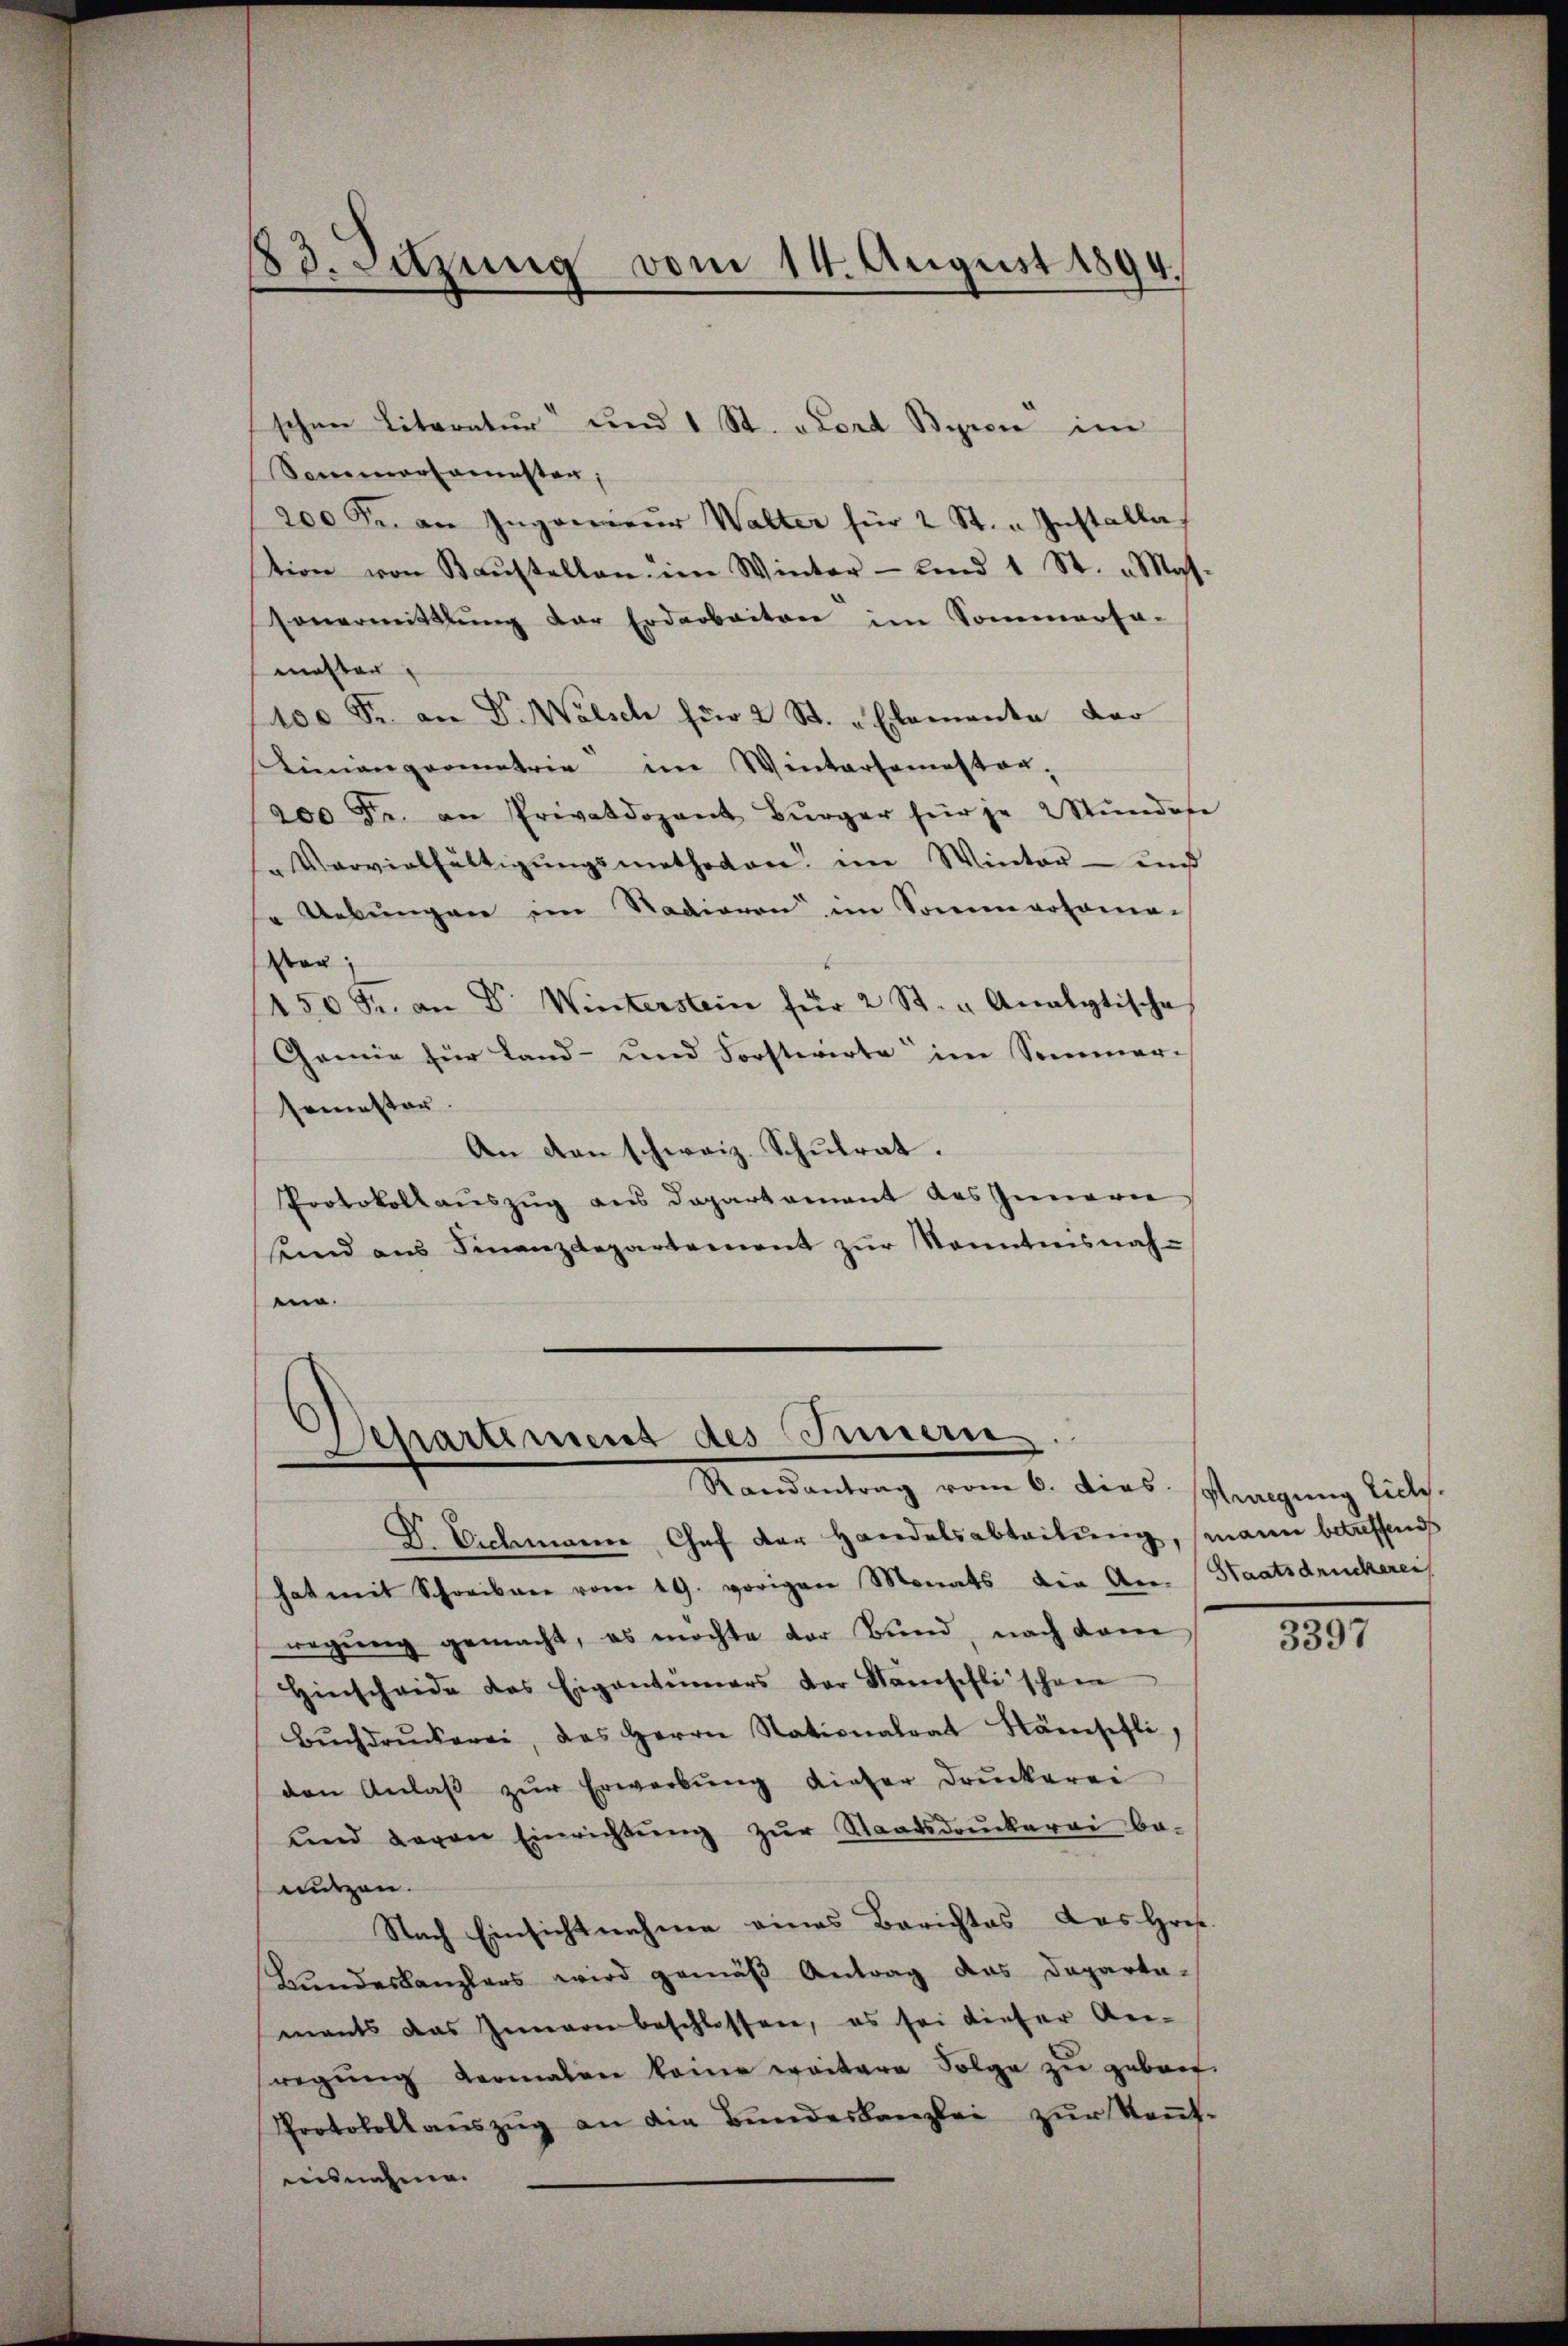
83. Sitzung vom 14. August 1894.
e

schen Literatur“ und 1 St. Lord Byrci im
Sommersamesten,
200 Fr. an Ingonneur Walter für 2 St. u Installas
tion von Kaŭstellen im Winter- und 1 St. „Mas.
Vovermittlung der Erdarbeiten im Sommerfa-
master,
100 Fr. an Dr. Wälsch für 2 St. u. Elemente der
Kienangeometrie im Wintersamstag,
200 Fr. an Privatdozent Bürger für je 2 Stŭndese
"Vervielfältigŭngsmethodon im Winter- und
" Uebungen im Stadieren im Sommvohama-
sen;
150 Fr. an Dr. Winterstein für 2 St. u. Analytische
Gemie für Land- und Forstwirte im Sommer-
semester.
An den schweiz. Schulrat.
Protokollauszug aus Departement des Innerer
sind aus Finanzdepartement zŭr Sonntnisnah-
ein.

D Eichmann Chef der Handelsabteilung, mann betreffend
hat mit Schreiber vom 19. vorigen Monats die An Staatsdruckerei
wegung gemacht, es möchte der Bund, nach dam
Hinscheide das Eigentümers der Stanschli schon
Bŭchdrŭckerei, das Herrn Nationalrat Käsehli,
den Anlaβ zŭr Erwerbung dieser Druckerei
ŭnd davon Einrichtŭng zŭr Staatsdrŭckerei be-
nutzen.
Nach Einsichtnahme eines Berichtes das Grese
Bundeskanzlers wird gemäß Antrag das Departamants das Zimern beschlossen, es sei dieser An-
regŭng dermalen keine weitere Folge zu gebrot.
Protokoll aŭszŭg an die Bŭndeskanzlei zŭr Keṅt-
isnahme.

Departement des Innern
Randantrag vom 6. dies Muregung Eich.

3397